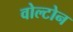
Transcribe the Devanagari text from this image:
वोल्टोन